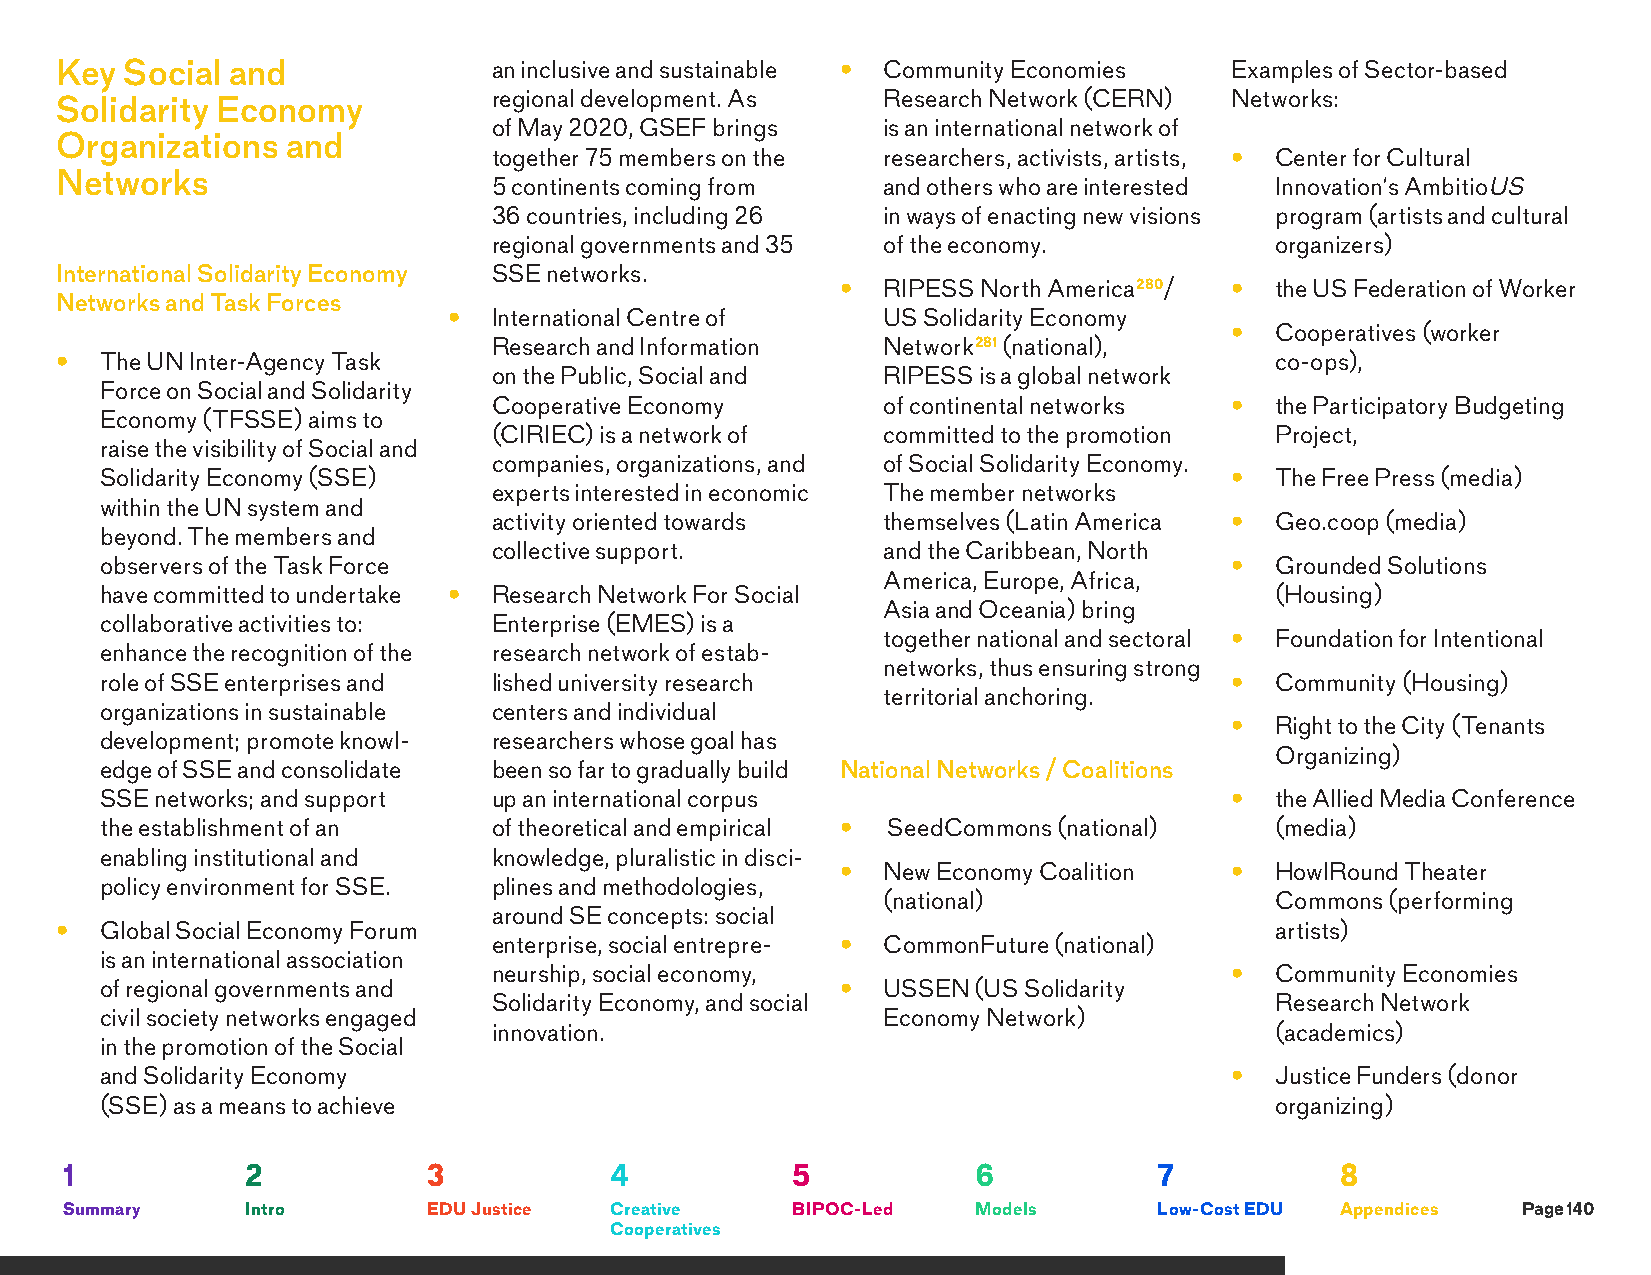
Key Social and               an inclusive and sustainable • Community Economies Examples of Sector-based
 regional development. As Research Network (CERN) Networks:
 Solidarity Economy
 of May 2020, GSEF brings is an international network of
 Organizations  and
 together 75 members on the researchers, activists, artists, • Center for Cultural
 Networks
 5 continents coming from and others who are interested Innovation’s AmbitioUS
 36 countries, including 26 in ways of enacting new visions program (artists and cultural
 regional governments and 35 of the economy.        organizers)
 International Solidarity Economy SSE networks.
 • RIPESS North America280/ • the US Federation of Worker
 Networks and Task Forces
 •  International Centre of  US Solidarity Economy
 •  Cooperatives (worker
 Research and Information Network281 (national),
 •  The UN Inter-Agency Task                                                     co-ops),
 on the Public, Social and RIPESS is a global network
 Force on Social and Solidarity
 Cooperative Economy      of continental networks • the Participatory Budgeting
 Economy (TFSSE) aims to
 (CIRIEC) is a network of committed to the promotion Project,
 raise the visibility of Social and
 companies, organizations, and of Social Solidarity Economy.
 Solidarity Economy (SSE)                                                  •  The Free Press (media)
 experts interested in economic The member networks
 within the UN system and
 activity oriented towards themselves (Latin America • Geo.coop (media)
 beyond. The members and
 collective support.      and the Caribbean, North
 observers of the Task Force                                               •  Grounded Solutions
 America, Europe, Africa,
 have committed to undertake • Research Network For Social                    (Housing)
 Asia and Oceania) bring
 collaborative activities to: Enterprise (EMES) is a
 together national and sectoral • Foundation for Intentional
 enhance the recognition of the research network of estab-
 networks, thus ensuring strong
 role of SSE enterprises and lished university research                    •  Community (Housing)
 territorial anchoring.
 organizations in sustainable centers and individual
 •  Right to the City (Tenants
 development; promote knowl- researchers whose goal has
 Organizing)
 edge of SSE and consolidate been so far to gradually build National Networks / Coalitions
 SSE networks; and support up an international corpus                      •  the Allied Media Conference
 the establishment of an   of theoretical and empirical • SeedCommons (national) (media)
 enabling institutional and knowledge, pluralistic in disci-
 • New Economy Coalition  •  HowlRound Theater
 policy environment for SSE. plines and methodologies,
 (national)                Commons (performing
 around SE concepts: social
 •  Global Social Economy Forum                                                  artists)
 enterprise, social entrepre- • CommonFuture (national)
 is an international association
 neurship, social economy,                       •  Community Economies
 of regional governments and                      • USSEN  (US Solidarity
 Solidarity Economy, and social                     Research Network
 civil society networks engaged                     Economy Network)
 innovation.                                        (academics)
 in the promotion of the Social
 and Solidarity Economy                                                    •  Justice Funders (donor
 (SSE) as a means to achieve                                                  organizing)
 1           2           3           4           5            6           7           8
 Summary     Intro       EDU Justice Creative    BIPOC-Led    Models      Low-Cost EDU Appendices Page 140
 Cooperatives